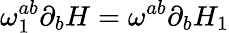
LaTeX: \omega_{1}^{ab}\partial_{b}H=\omega^{ab}\partial_{b}H_{1}